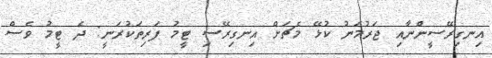
އިނގިރޭސީންނާއި ޖަރުމަނު ކުޅޭ މެޗަށް އިނގިރޭސި ޓީމު ފަރިތަކުރަނީ: ދެ ޓީމު ވެސް